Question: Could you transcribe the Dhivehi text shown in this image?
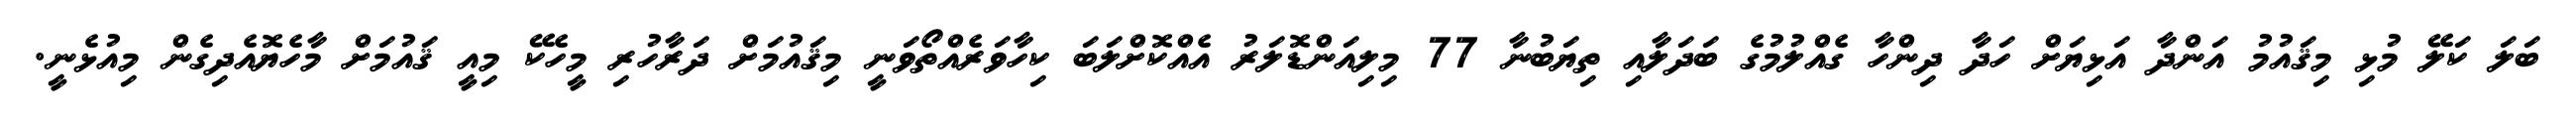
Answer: ބަލަ ކަލޭ މުޅި މިޤައުމު އަންދާ އަޅިޔަށް ހަދާ ދިންހާ ގެއްލުމުގެ ބަދަލާއި ތިޔަބުނާ 77 މިލިއަންޑޮލަރު އެއްކޮށްލަބަ ކިހާވަރެއްތޯވަނީ މިޤައުމަށް ދަރާހުރި މީހެކޭ މިއީ ޤައުމަށް މާހެޔޮއެދިގެން މިއުޅެނީ.